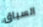
السباق